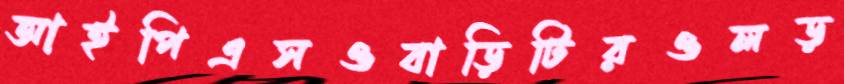
আইপিএসওবাড়িটিরওলড়